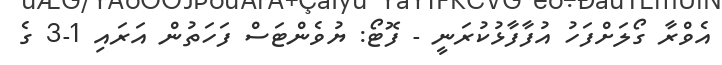
އެވްރާ ގޯލަށްފަހު އުފާފާޅުކުރަނީ - ފޮޓޯ: ޔުވެންޓަސް ފަހަތުން އަރައި 1-3 ގެ